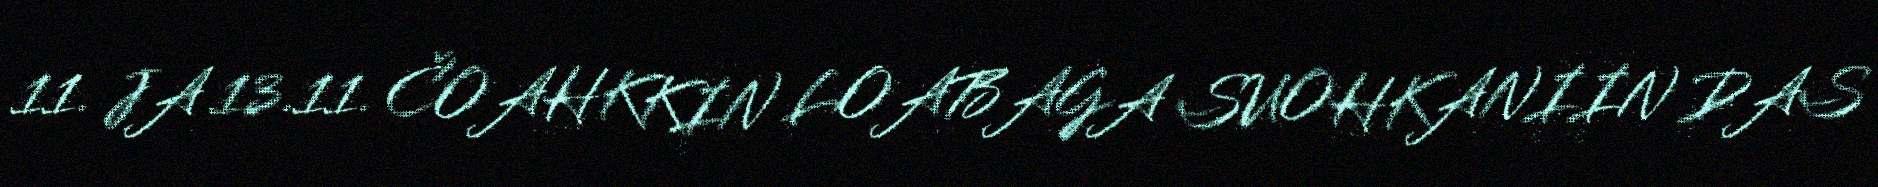
11. JA 13.11. ČOAHKKIN LOABAGA SUOHKANIIN DAS